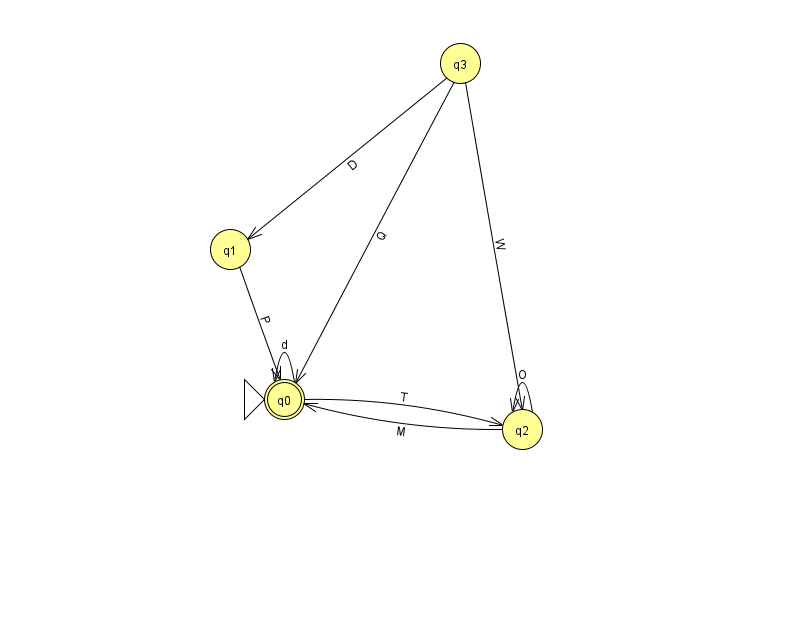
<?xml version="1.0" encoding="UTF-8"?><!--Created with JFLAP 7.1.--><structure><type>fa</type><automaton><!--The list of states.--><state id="0" name="q0"><x>284.0</x><y>386.0</y><initial/><final/></state><state id="1" name="q1"><x>230.0</x><y>236.0</y></state><state id="2" name="q2"><x>522.0</x><y>416.0</y></state><state id="3" name="q3"><x>460.0</x><y>50.0</y></state><!--The list of transitions.--><transition><from>3</from><to>0</to><read>Q</read></transition><transition><from>0</from><to>0</to><read>d</read></transition><transition><from>0</from><to>2</to><read>T</read></transition><transition><from>3</from><to>2</to><read>W</read></transition><transition><from>1</from><to>0</to><read>P</read></transition><transition><from>2</from><to>0</to><read>M</read></transition><transition><from>2</from><to>2</to><read>O</read></transition><transition><from>3</from><to>1</to><read>D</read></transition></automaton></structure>